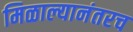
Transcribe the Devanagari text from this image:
मिळाल्यानंतरच